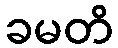
ခမတိ